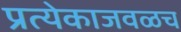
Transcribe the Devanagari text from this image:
प्रत्येकाजवळच